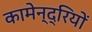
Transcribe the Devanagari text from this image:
कामेन्द्रियों